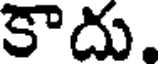
కాదు.